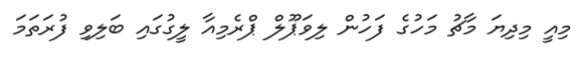
މިއީ މިދިޔަ މާޗު މަހުގެ ފަހުން ލިވަޕޫލް ޕްރެމިއާ ލީގުގައި ބަލިވި ފުރަތަމަ